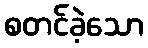
စတင်ခဲ့သော